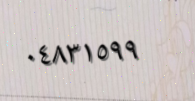
٠٤٨٣١٥٩٩